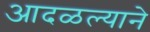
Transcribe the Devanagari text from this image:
आदळल्याने